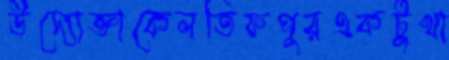
উদ্যোক্তাকেলতিফপুরএকটুখা